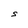
Character: S